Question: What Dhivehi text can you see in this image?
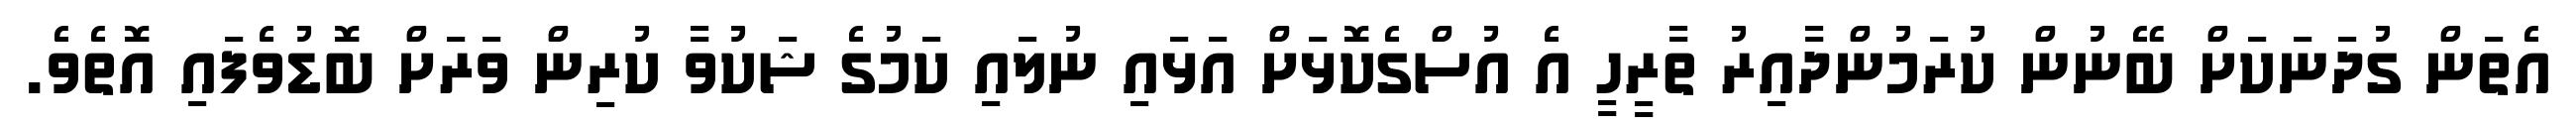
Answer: އެތަން ގުދަނަކަށް ބޭނުން ކުރަމުންދާއިރު ތާރީހީ އެ އުސްގެކޮޅަށް އަޅައި ނުލައި ކަމުގެ ޝަކުވާ ކުރިން ވަރަށް ބޮޑުވެފައި އޮތެވެ.